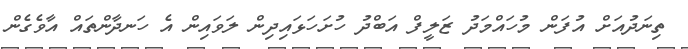
ތިނަދުއަށް އުފަން މުހައްމަދު ޒަލީފް އަބްދު ހުށަހަޅައިދިން ލަވައިން އެ ހަނދާންތައް އާވެގެން